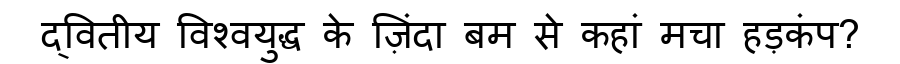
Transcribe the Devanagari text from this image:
द्वितीय विश्वयुद्ध के ज़िंदा बम से कहां मचा हड़कंप?